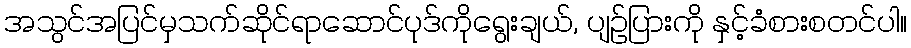
အသွင်အပြင်မှသက်ဆိုင်ရာဆောင်ပုဒ်ကိုရွေးချယ်, ပျဉ်ပြားကို နှင့်ခံစားစတင်ပါ။